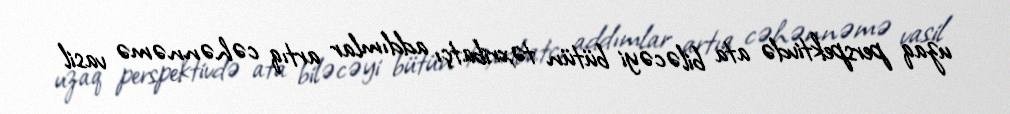
uzaq perspektivdə ata biləcəyi bütün təxribatçı addımlar artıq cəhənnəmə vasil